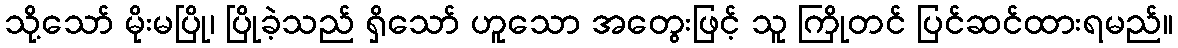
သို့သော် မိုးမပြို၊ ပြိုခဲ့သည် ရှိသော် ဟူသော အတွေးဖြင့် သူ ကြိုတင် ပြင်ဆင်ထားရမည်။